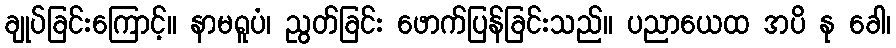
ချုပ်ခြင်းကြောင့်။ နာမရူပံ၊ ညွတ်ခြင်း ဖောက်ပြန်ခြင်းသည်။ ပညာယေထ အပိ နု ခေါ၊